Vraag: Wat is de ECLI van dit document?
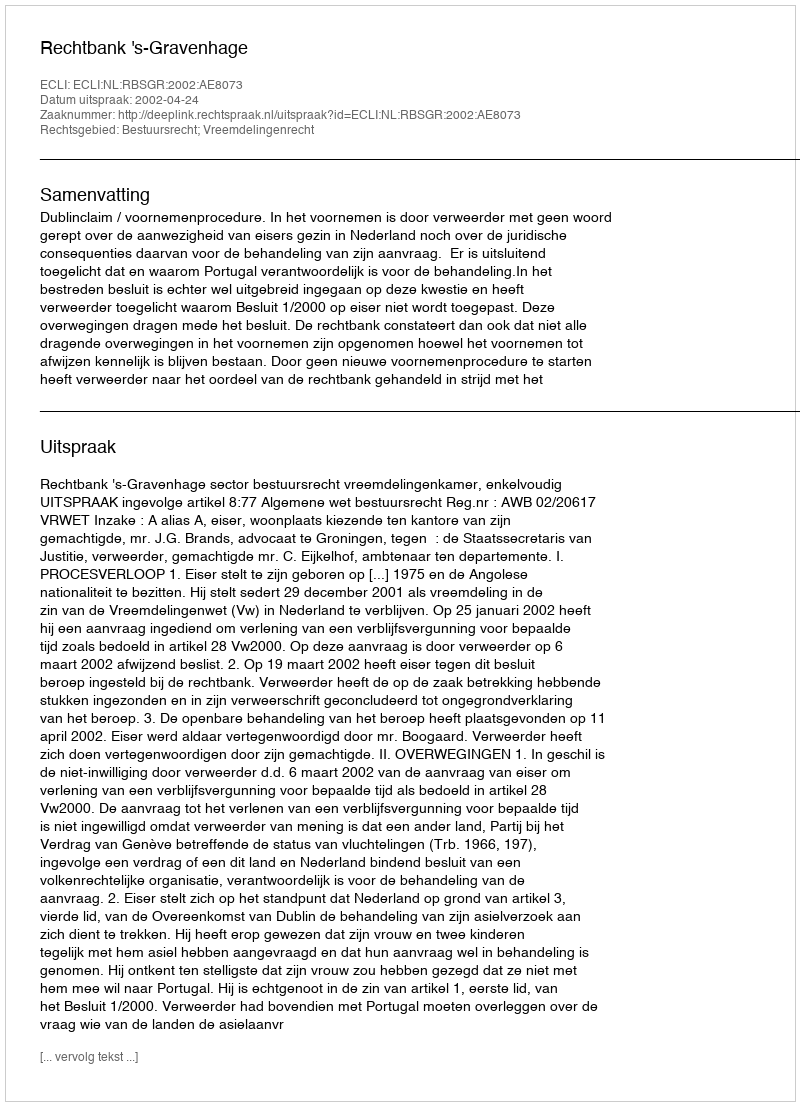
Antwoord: ECLI:NL:RBSGR:2002:AE8073